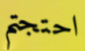
احتجتم